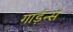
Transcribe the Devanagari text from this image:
गार्ड़न्स